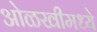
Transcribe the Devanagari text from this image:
ओळखीमध्ये